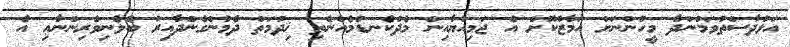
އަޅުދާސްތުވަމުންދާ މީހުންނަށް އަމާޒުކޮށް އެ ޖަމިއްޔާއިން މެދުކެނޑުމެއްނެތި ޚިދުމަތް ދެމުންގެންދާއިރު ބެލެނިވެރިންނާޢި އެ